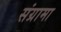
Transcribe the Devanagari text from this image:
संग्रामा